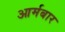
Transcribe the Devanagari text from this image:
आर्मबार